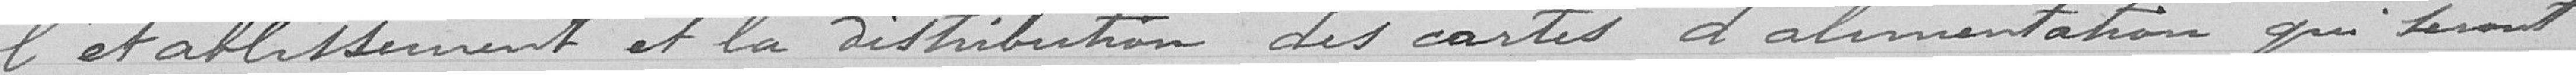
l'établissement et la distribution des cartes d'alimentation qui seront